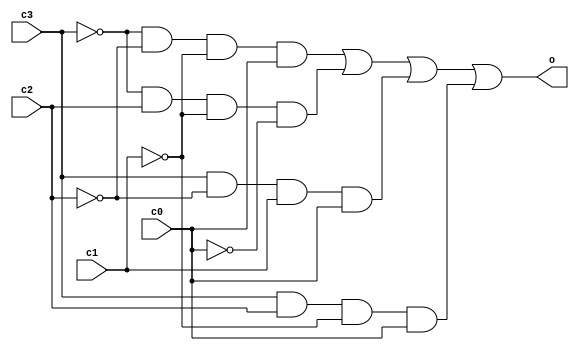
module EQ1HEX00 (input c1, c2, c3, c0, output o);
				assign o = (~c3 & ~c2 & ~c1 & c0)|(~c3 & c2 & ~c1 & ~c0)|(c3 & ~c2 & c1 & c0)|(c3 & c2 & ~c1 & c0);
endmodule

module EQ2HEX01 (input c3, c2, c1, c0, output o);
				assign o = (~c3 & c2 & ~c1 & c0)|(~c3 & c2 & c1 & ~c0)|(c3 & ~c2 & c1 & c0)|(c3 & c2 & ~c1 & ~c0)|(c3 & c2 & c1 & ~c0)|(c3 & c2 & c1 & c0);
endmodule

module EQ3HEX02 (input c3, c2, c1, c0, output o);
				assign o = (~c3 & ~c2 & c1 & ~c0)|(c3 & c2 & ~c1 & ~c0)|(c3 & c2 & c1 & ~c0)|(c3 & c2 & c1 & c0);
endmodule

module EQ4HEX03 (input c3, c2, c1, c0, output o);
				assign o = (~c3 & ~c2 & ~c1 & c0)|(~c3 & c2 & ~c1 & ~c0)|(~c3 & c2 & c1 & c0)|(c3 & ~c2 & ~c1 & c0)|(c3 & ~c2 & c1 & ~c0)|(c3 & c2 & c1 & c0);
endmodule

module EQ5HEX04 (input c3, c2, c1, c0, output o);
				assign o = (~c3 & ~c2 & ~c1 & c0)|(~c3 & ~c2 & c1 & c0)|(~c3 & c2 & ~c1 & ~c0)|(~c3 & c2 & ~c1 & c0)|(~c3 & c2 & c1 & c0)|(c3 & ~c2 & ~c1 & c0);
endmodule

module EQ6HEX05 (input c3, c2, c1, c0, output o);
				assign o = (~c3 & ~c2 & ~c1 & c0)|(~c3 & ~c2 & c1 & ~c0)|(~c3 & ~c2 & c1 & c0)|(~c3 & c2 & c1 & c0)|(c3 & c2 & ~c1 & c0);
endmodule

module EQ7HEX06 (input c3, c2, c1, c0, output o);
				assign o = (~c3 & ~c2 & ~c1 & ~c0)|(~c3 & ~c2 & ~c1 & c0)|(~c3 & c2 & c1 & c0)|(c3 & c2 & ~c1 & ~c0);
endmodule

module SWtoHEX (SW, HEX0);
				input [3:0] SW;
				output [6:0] HEX0;
				EQ1HEX00 eq1 (.c0(SW[0]), .c1(SW[1]), .c2(SW[2]), .c3(SW[3]), .o(HEX0[0]));
				EQ2HEX01 eq2 (.c0(SW[0]), .c1(SW[1]), .c2(SW[2]), .c3(SW[3]), .o(HEX0[1]));
				EQ3HEX02 eq3 (.c0(SW[0]), .c1(SW[1]), .c2(SW[2]), .c3(SW[3]), .o(HEX0[2]));
				EQ4HEX03 eq4 (.c0(SW[0]), .c1(SW[1]), .c2(SW[2]), .c3(SW[3]), .o(HEX0[3]));
				EQ5HEX04 eq5 (.c0(SW[0]), .c1(SW[1]), .c2(SW[2]), .c3(SW[3]), .o(HEX0[4]));
				EQ6HEX05 eq6 (.c0(SW[0]), .c1(SW[1]), .c2(SW[2]), .c3(SW[3]), .o(HEX0[5]));
				EQ7HEX06 eq7 (.c0(SW[0]), .c1(SW[1]), .c2(SW[2]), .c3(SW[3]), .o(HEX0[6]));
endmodule